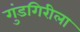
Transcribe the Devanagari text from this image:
गुंडगिरीला